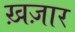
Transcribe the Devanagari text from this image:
ख़ज़ार